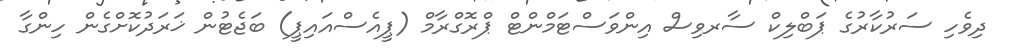
ދިވެހި ސަރުކާރުގެ ޕަބްލިކް ސާރވިސް އިންވަސްޓަމްންޓް ޕްރޮގްރާމް (ޕީއެސްއައިޕީ) ބަޖެޓުން ޚަރަދުކޮށްގެން ހިންގާ